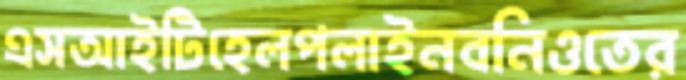
এসআইটিহেলপলাইনবনিওতের